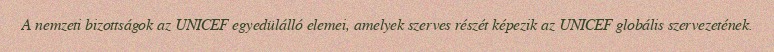
A nemzeti bizottságok az UNICEF egyedülálló elemei, amelyek szerves részét képezik az UNICEF globális szervezetének.